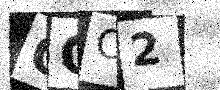
Text: OCC2